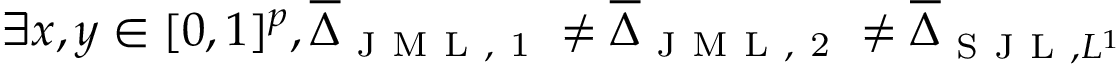
\exists x , y \in [ 0 , 1 ] ^ { p } , \overline { { \Delta } } _ { \mathrm { ~ J ~ M ~ L ~ , ~ 1 ~ } } \neq \overline { { \Delta } } _ { \mathrm { ~ J ~ M ~ L ~ , ~ 2 ~ } } \neq \overline { { \Delta } } _ { \mathrm { ~ S ~ J ~ L ~ } , L ^ { 1 } }